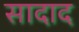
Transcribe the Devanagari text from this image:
सादाद